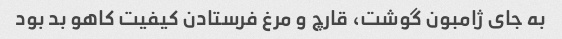
به جای ژامبون گوشت، قارچ و مرغ فرستادن کیفیت کاهو بد بود